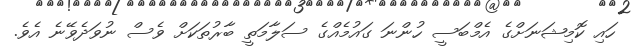
ހައި ކޮމިޝަނަށްގެ އެމްބަސީ ހުންނަ ގައުމެއްގެ ސަލާމަތީ ބާރުތަކަށް ވެސް ނުވަދެވޭނެ އެވެ.